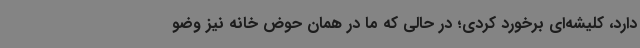
دارد، کلیشه‌ای برخورد کردی؛ در حالی‌ که ما در همان حوض خانه نیز وضو